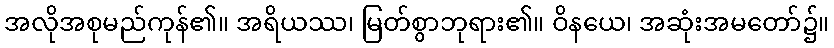
အလိုအစုမည်ကုန်၏။ အရိယဿ၊ မြတ်စွာဘုရား၏။ ဝိနယေ၊ အဆုံးအမတော်၌။